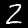
Label: 2